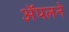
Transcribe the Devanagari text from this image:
ॲपलने